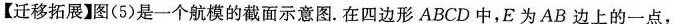
【迁移拓展】图(5)是一个航模的截面示意图。在四边形ABCD中，E为AB边上的一点，